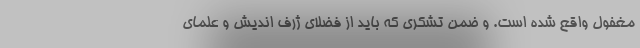
مغفول واقع شده است. و ضمن تشکری که باید از فضلای ژرف اندیش و علمای